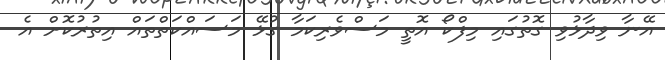
އޭނާ ވިދާޅުވި ގޮތުގައި މިފްކޯ އޮތީ މަސްވެރިކަމާ ގުޅޭ މަސައްކަތްތައް އިތުރުކޮށް އެ